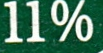
11%